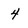
Character: 4